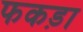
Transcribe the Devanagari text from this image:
फकड़ा